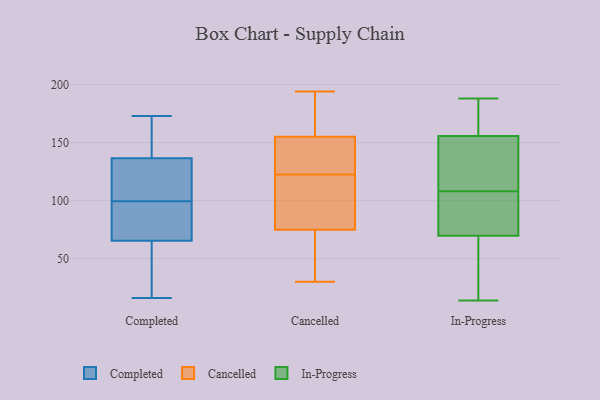
{"axis": {"x": "Latency (ms)", "y": "Value"}, "legend": ["Cancelled", "Completed", "In-Progress"], "data": [{"x": "", "y": 74, "type": "Completed"}, {"x": "", "y": 16, "type": "Completed"}, {"x": "", "y": 133, "type": "Completed"}, {"x": "", "y": 96, "type": "Completed"}, {"x": "", "y": 173, "type": "Completed"}, {"x": "", "y": 57, "type": "Completed"}, {"x": "", "y": 32, "type": "Completed"}, {"x": "", "y": 93, "type": "Completed"}, {"x": "", "y": 130, "type": "Completed"}, {"x": "", "y": 140, "type": "Completed"}, {"x": "", "y": 152, "type": "Completed"}, {"x": "", "y": 103, "type": "Completed"}, {"x": "", "y": 179, "type": "Cancelled"}, {"x": "", "y": 172, "type": "Cancelled"}, {"x": "", "y": 124, "type": "Cancelled"}, {"x": "", "y": 36, "type": "Cancelled"}, {"x": "", "y": 61, "type": "Cancelled"}, {"x": "", "y": 182, "type": "Cancelled"}, {"x": "", "y": 121, "type": "Cancelled"}, {"x": "", "y": 158, "type": "Cancelled"}, {"x": "", "y": 74, "type": "Cancelled"}, {"x": "", "y": 152, "type": "Cancelled"}, {"x": "", "y": 194, "type": "Cancelled"}, {"x": "", "y": 30, "type": "Cancelled"}, {"x": "", "y": 42, "type": "Cancelled"}, {"x": "", "y": 118, "type": "Cancelled"}, {"x": "", "y": 152, "type": "Cancelled"}, {"x": "", "y": 132, "type": "Cancelled"}, {"x": "", "y": 133, "type": "Cancelled"}, {"x": "", "y": 76, "type": "Cancelled"}, {"x": "", "y": 116, "type": "Cancelled"}, {"x": "", "y": 102, "type": "Cancelled"}, {"x": "", "y": 143, "type": "In-Progress"}, {"x": "", "y": 55, "type": "In-Progress"}, {"x": "", "y": 156, "type": "In-Progress"}, {"x": "", "y": 188, "type": "In-Progress"}, {"x": "", "y": 155, "type": "In-Progress"}, {"x": "", "y": 185, "type": "In-Progress"}, {"x": "", "y": 50, "type": "In-Progress"}, {"x": "", "y": 141, "type": "In-Progress"}, {"x": "", "y": 174, "type": "In-Progress"}, {"x": "", "y": 98, "type": "In-Progress"}, {"x": "", "y": 80, "type": "In-Progress"}, {"x": "", "y": 16, "type": "In-Progress"}, {"x": "", "y": 14, "type": "In-Progress"}, {"x": "", "y": 108, "type": "In-Progress"}, {"x": "", "y": 72, "type": "In-Progress"}, {"x": "", "y": 124, "type": "In-Progress"}, {"x": "", "y": 91, "type": "In-Progress"}, {"x": "", "y": 165, "type": "In-Progress"}, {"x": "", "y": 69, "type": "In-Progress"}]}